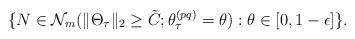
LaTeX: \begin{align*} \{N \in \mathcal{N}_m(\|\Theta_\tau\|_2 \geq \tilde{C}; \theta^{(pq)}_\tau = \theta) : \theta \in [0, 1 - \epsilon]\}. \end{align*}